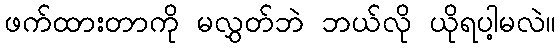
ဖက်ထားတာကို မလွှတ်ဘဲ ဘယ်လို ယိုရပါ့မလဲ။